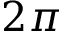
2 \pi